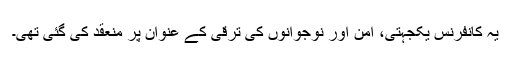
یہ کانفرنس یکجہتی، امن اور نوجوانوں کی ترقی کے عنوان پر منعقد کی گئی تھی۔